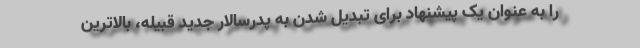
را به عنوان یک پیشنهاد برای تبدیل شدن به پدرسالار جدید قبیله، بالاترین